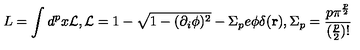
L = \int d ^ { p } x { \cal L } , { \cal L } = 1 - \sqrt { 1 - ( \partial _ { i } \phi ) ^ { 2 } } - \Sigma _ { p } e \phi \delta ( { \bf r } ) , \Sigma _ { p } = \frac { p \pi ^ { \frac { p } { 2 } } } { ( \frac { p } { 2 } ) ! }